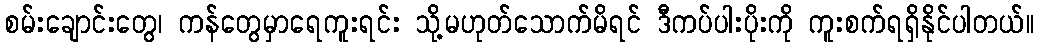
စမ်းချောင်းတွေ၊ ကန်တွေမှာရေကူးရင်း သို့မဟုတ်သောက်မိရင် ဒီကပ်ပါးပိုးကို ကူးစက်ရရှိနိုင်ပါတယ်။